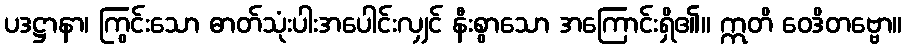
ပဒဋ္ဌာနာ၊ ကြွင်းသော ဓာတ်သုံးပါးအပေါင်းလျှင် နီးစွာသော အကြောင်းရှိ၏။ ဣတိ ဝေဒိတဗ္ဗော။